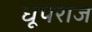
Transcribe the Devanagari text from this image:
धूपराज